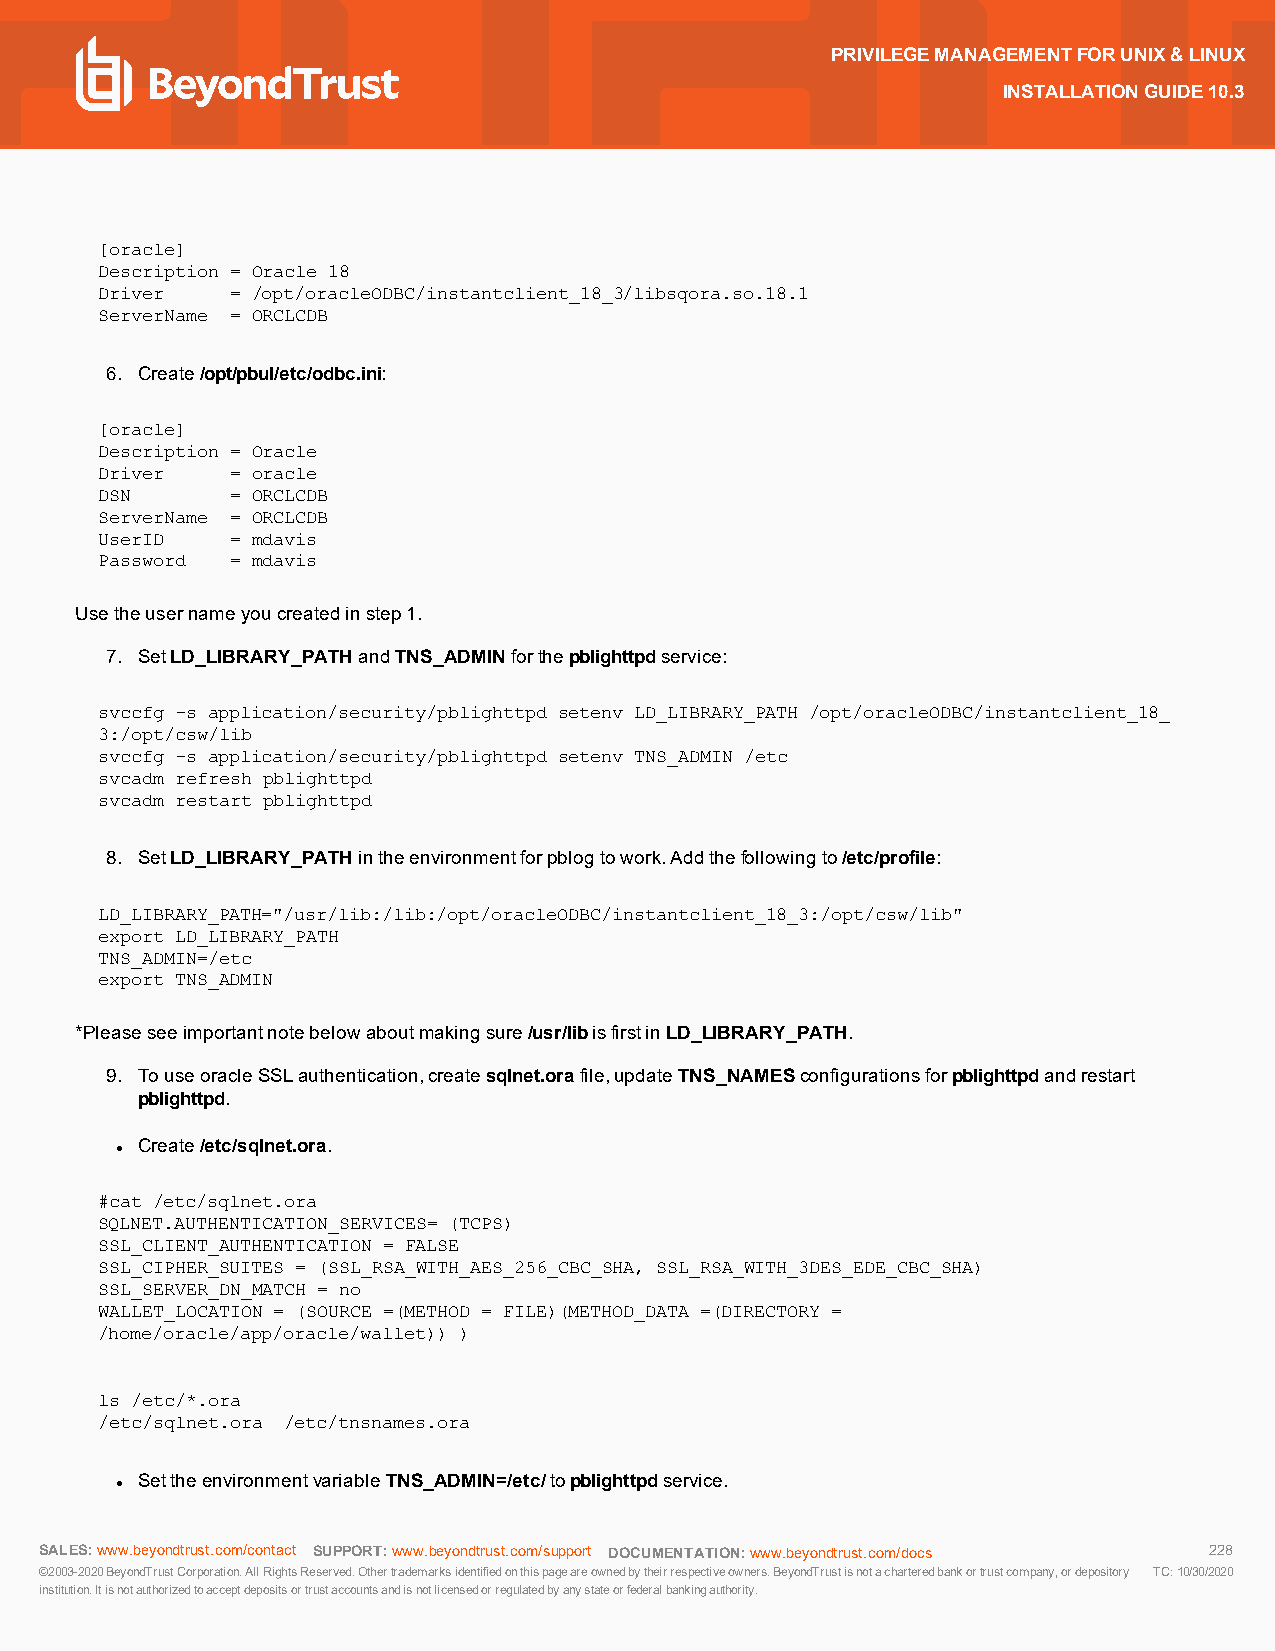
PRIVILEGEMANAGEMENTFORUNIX&LINUX
 INSTALLATIONGUIDE10.3
 [oracle]
 Description = Oracle 18
 Driver  = /opt/oracleODBC/instantclient_18_3/libsqora.so.18.1
 ServerName = ORCLCDB
 6. Create/opt/pbul/etc/odbc.ini:
 [oracle]
 Description = Oracle
 Driver  = oracle
 DSN     = ORCLCDB
 ServerName = ORCLCDB
 UserID  = mdavis
 Password = mdavis
 Usetheusernameyoucreatedinstep1.
 7. SetLD_LIBRARY_PATHandTNS_ADMINforthepblighttpdservice:
 svccfg -s application/security/pblighttpd setenv LD_LIBRARY_PATH /opt/oracleODBC/instantclient_18_
 3:/opt/csw/lib
 svccfg -s application/security/pblighttpd setenv TNS_ADMIN /etc
 svcadm refresh pblighttpd
 svcadm restart pblighttpd
 8. SetLD_LIBRARY_PATHintheenvironmentforpblogtowork.Addthefollowingto/etc/profile:
 LD_LIBRARY_PATH="/usr/lib:/lib:/opt/oracleODBC/instantclient_18_3:/opt/csw/lib"
 export LD_LIBRARY_PATH
 TNS_ADMIN=/etc
 export TNS_ADMIN
 *Pleaseseeimportantnotebelowaboutmakingsure/usr/libisfirstinLD_LIBRARY_PATH.
 9. TouseoracleSSLauthentication,createsqlnet.orafile,updateTNS_NAMESconfigurationsforpblighttpdandrestart
 pblighttpd.
 Create/etc/sqlnet.ora.
 l
 #cat /etc/sqlnet.ora
 SQLNET.AUTHENTICATION_SERVICES= (TCPS)
 SSL_CLIENT_AUTHENTICATION = FALSE
 SSL_CIPHER_SUITES = (SSL_RSA_WITH_AES_256_CBC_SHA, SSL_RSA_WITH_3DES_EDE_CBC_SHA)
 SSL_SERVER_DN_MATCH = no
 WALLET_LOCATION = (SOURCE =(METHOD = FILE)(METHOD_DATA =(DIRECTORY =
 /home/oracle/app/oracle/wallet)) )
 ls /etc/*.ora
 /etc/sqlnet.ora /etc/tnsnames.ora
 SettheenvironmentvariableTNS_ADMIN=/etc/topblighttpdservice.
 l
 SALES:www.beyondtrust.com/contact SUPPORT:www.beyondtrust.com/support DOCUMENTATION:www.beyondtrust.com/docs 228
 ©2003-2020BeyondTrustCorporation.AllRightsReserved.Othertrademarksidentifiedonthispageareownedbytheirrespectiveowners.BeyondTrustisnotacharteredbankortrustcompany,ordepository TC:10/30/2020
 institution.Itisnotauthorizedtoacceptdepositsortrustaccountsandisnotlicensedorregulatedbyanystateorfederalbankingauthority.